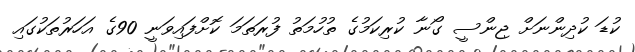
ކުޑަ ކުދިންނަށް ޖިންސީ ގޯނާ ކުރިކަމުގެ ތުހުމަތު ފުރަތަމަ ކޮށްފައިވަނީ 90ގެ އަހަރުތަކުގައި